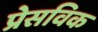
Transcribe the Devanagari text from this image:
प्रेसविक